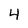
Character: 4